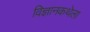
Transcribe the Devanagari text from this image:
विज्ञानकथेला